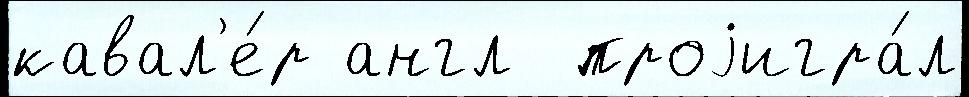
кавал'е́р англ  проjигра́л